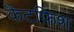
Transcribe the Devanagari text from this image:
कैटफ़िश